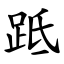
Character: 䟡